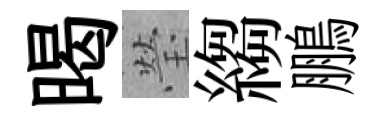
暍瑩縐鵬